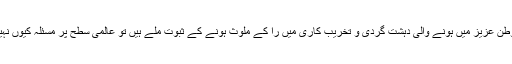
حکومت کو وطن عزیز میں ہونے والی دہشت گردی و تخریب کاری میں را کے ملوث ہونے کے ثبوت ملے ہیں تو عالمی سطح پر مسئلہ کیوں نہیں اٹھایا جاتا؟